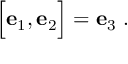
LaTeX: \Bigl [ { \bf e } _ { 1 } , { \bf e } _ { 2 } \Bigr ] = { \bf e } _ { 3 } \ .